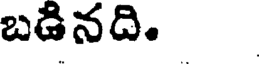
బడినది.